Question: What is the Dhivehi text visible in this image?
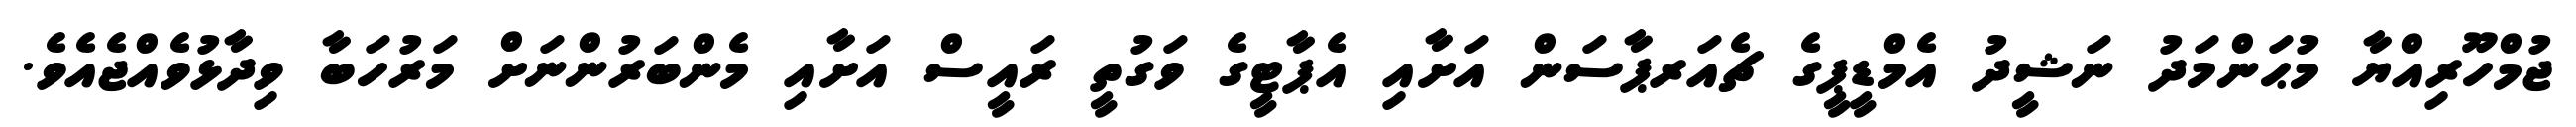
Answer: ޖުމްހޫރިއްޔާ މުޙަންމަދު ނަޝީދު އެމްޑީޕީގެ ޗެއަރޕާސަން އަށާއި އެޕާޓީގެ ވަގުތީ ރައީސް އަށާއި މެންބަރުންނަށް މަރުހަބާ ވިދާޅުވެއްޖެއެވެ.